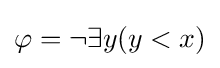
\varphi =\neg \exists y(y<x)